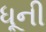
ધૂની